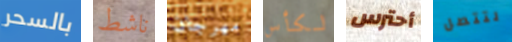
بالسحر ناشط مهرجان لكأس أحترس لتتصل